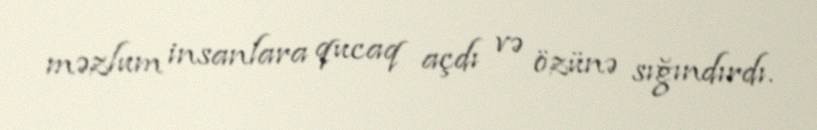
məzlum insanlara qucaq açdı və özünə sığındırdı.